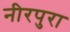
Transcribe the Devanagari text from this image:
नीरपुरा